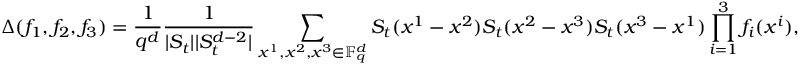
\Delta ( f _ { 1 } , f _ { 2 } , f _ { 3 } ) = \frac { 1 } { q ^ { d } } \frac { 1 } { | S _ { t } | | S _ { t } ^ { d - 2 } | } \sum _ { x ^ { 1 } , x ^ { 2 } , x ^ { 3 } \in \mathbb F _ { q } ^ { d } } S _ { t } ( x ^ { 1 } - x ^ { 2 } ) S _ { t } ( x ^ { 2 } - x ^ { 3 } ) S _ { t } ( x ^ { 3 } - x ^ { 1 } ) \prod _ { i = 1 } ^ { 3 } f _ { i } ( x ^ { i } ) ,